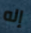
إله